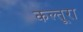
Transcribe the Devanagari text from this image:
कल्तूरा